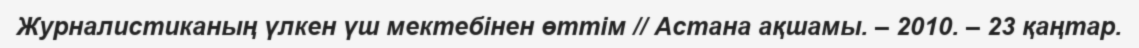
Журналистиканың үлкен үш мектебінен өттім // Астана ақшамы. – 2010. – 23 қаңтар.